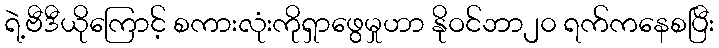
ရဲ့ဗီဒီယိုကြောင့် စကားလုံးကိုရှာဖွေမှုဟာ နိုဝင်ဘာ၂၀ ရက်ကနေစပြီး